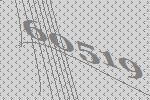
60519